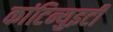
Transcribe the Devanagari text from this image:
कांटिन्युइटी